Training of Teachers. Teachers of Higher Subjects, 1907
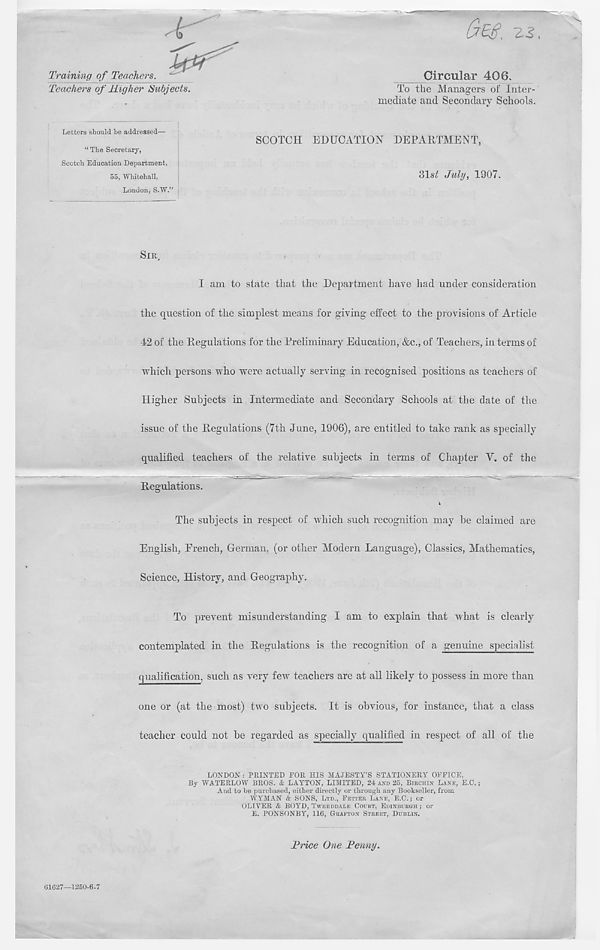
&Z3. zs,
Training of Teachers.
Teachers of Higher Subjects.
Circular 406.
To the Managers of Inter-
mediate and Secondary Schools.
Letters should be addressed—
“ The Secretary,
Scotch Education Department,
55, Whitehall,
London, S.W.”
SCOTCH EDUCATION DEPARTMENT,
31st July, 1907.
SIR,
I am to state that the Department have had under consideration
the question of the simplest means for giving effect to the provisions of Article
42 of the Regulations for the Preliminary Education, &c., of Teachers, in terms of
which persons who were actually serving in recognised positions as teachers of
Higher Subjects in Intermediate and Secondary Schools at the date of the
issue of the Regulations (7th June, 1906), are entitled to take rank as specially
qualified teachers of the relative subjects in terms of Chapter V. of the
-
The subjects in respect of which such recognition may be claimed are
English, Erench, German, (or other Modern Language), Classics, Mathematics,
Science, History, and Geography.
To prevent misunderstanding I am to explain that what is clearly
contemplated in the Regulations is the recognition of a genuine specialist
qualification, such as very few teachers are at all likely to possess in more than
one or (at the most) two subjects. It is obvious, for instance, that a class
teacher could not be regarded as specially qualified in respect of all of the
LONDON : PRINTED FOR HIS MAJESTY’S STATIONERY OFFICE.
By WATERLOW BROS. & LAYTON, LIMITED, 24 AND 25, BIBCHIN LANE, E.C.;
And to be purchased, either directly or through any Bookseller, from
WYMAN & SONS, LTD., FETTER LANE, E.C.; or
OLIVER & BOYD, TWEEDDALE COURT, EDINBURGH ; or
E. PONSONBY, 116, GRAFTON STREET, DUBLIN.
Trice One Fenny.
61627-1250-6-7